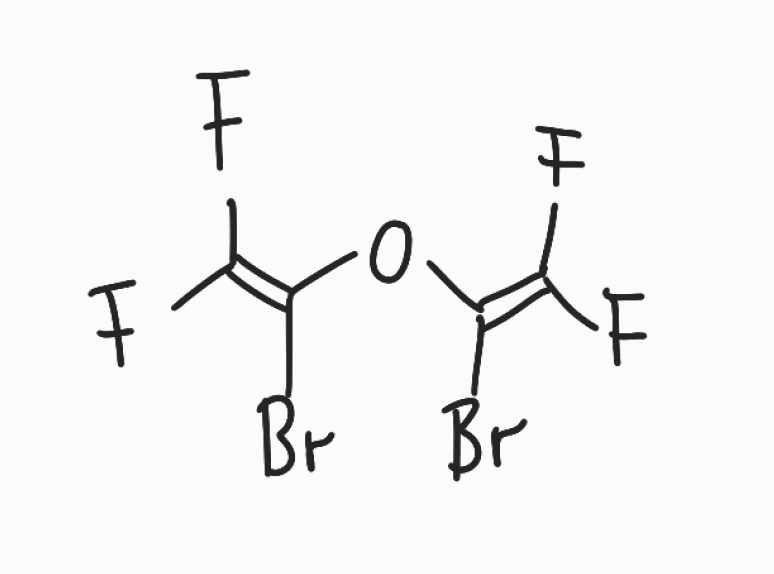
Simplified molecular-input line-entry system (SMILES) notation of the given molecule:
C(=C(F)F)(OC(=C(F)F)Br)Br